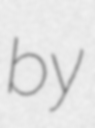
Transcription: by